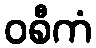
ဝစီကံ